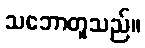
သဘောတူသည်။